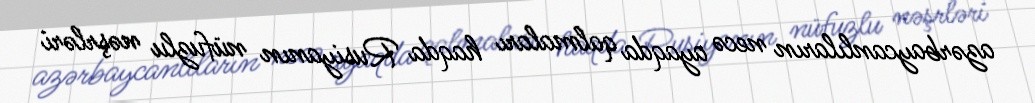
azərbaycanlıların necə ayaqda qalmaları haqda Rusiyanın nüfuzlu nəşrləri